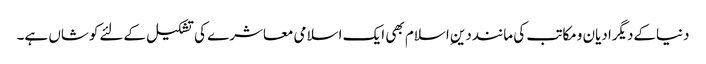
دنیاکےدیگرادیان ومکاتب کی ماننددینِ اسلام بھی ایک اسلامی معاشرے کی تشکیل کےلئےکوشاں ہے۔